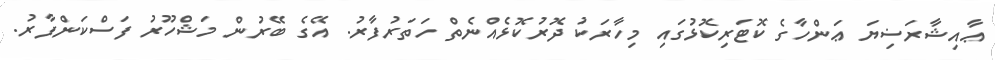
ޢާއިޝާރަޟިޔަ ޢަންހާގެ ކޮޓަރިކޮޅުގައި މިހާރަކު ދޮރުކޮޅެއްނެތް ހަތަރުފާރު. އޭގެ ބޭރުން މަޝްހޫރު ފަސްކަންފާރު.